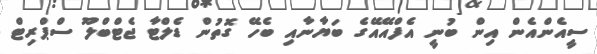
ސީއެންއެން އިން ބުނީ އެފްއޭއޭގެ ބަޔާނާއި ބެހޭ ގޮތުން ޑެލްޓާ ޖެޓްބްލޫ ސްޕްރިޓް